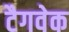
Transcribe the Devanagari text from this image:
टैगवेक